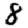
Digit: 8